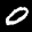
Label: 0